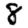
Digit: 8